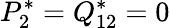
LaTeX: P_{2}^{*}=Q_{12}^{*}=0